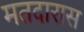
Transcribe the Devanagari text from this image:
मतदारास